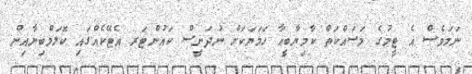
ނަމަވެސް އެ ޓީމުގެ މަސައްކަތް ކާމިޔާބީއާ ހަމަޔަކަށް ނުދަނީސް ކައުންޓަރ އެޓޭކެއްގައި ކޮލަމްބިޔާއިން